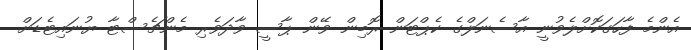
އެންމެ ފާހަގަކޮށްލެވުނީ އާސެނަލްގެ ކެޕްޓަން ރޮބިން ވޭން ޕާސީ ވާދަވެރި މެންޗެސްޓާ ޔުނައިޓެޑަށް